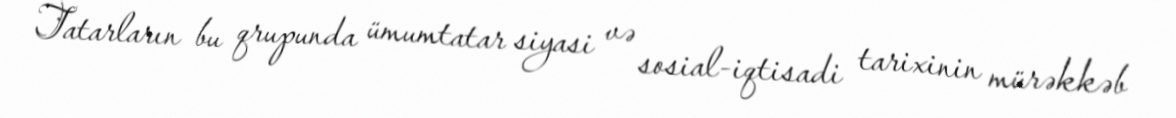
Tatarların bu qrupunda ümumtatar siyasi və sosial-iqtisadi tarixinin mürəkkəb